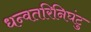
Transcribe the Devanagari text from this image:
धन्वतरिनिघंटु